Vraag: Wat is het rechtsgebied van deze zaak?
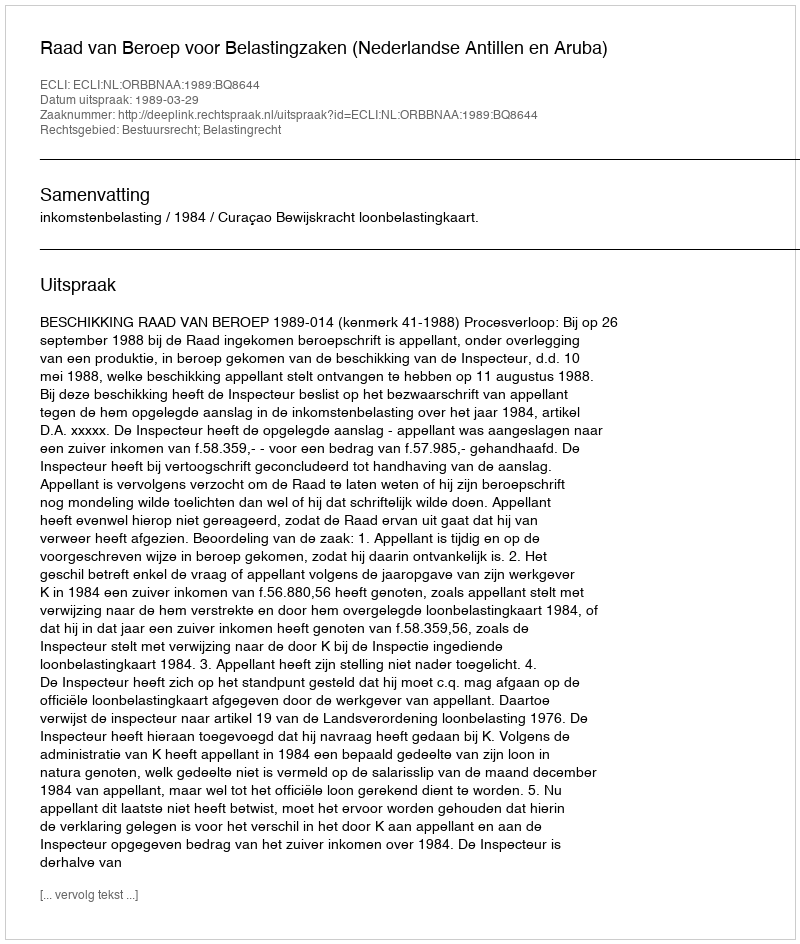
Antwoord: Bestuursrecht; Belastingrecht